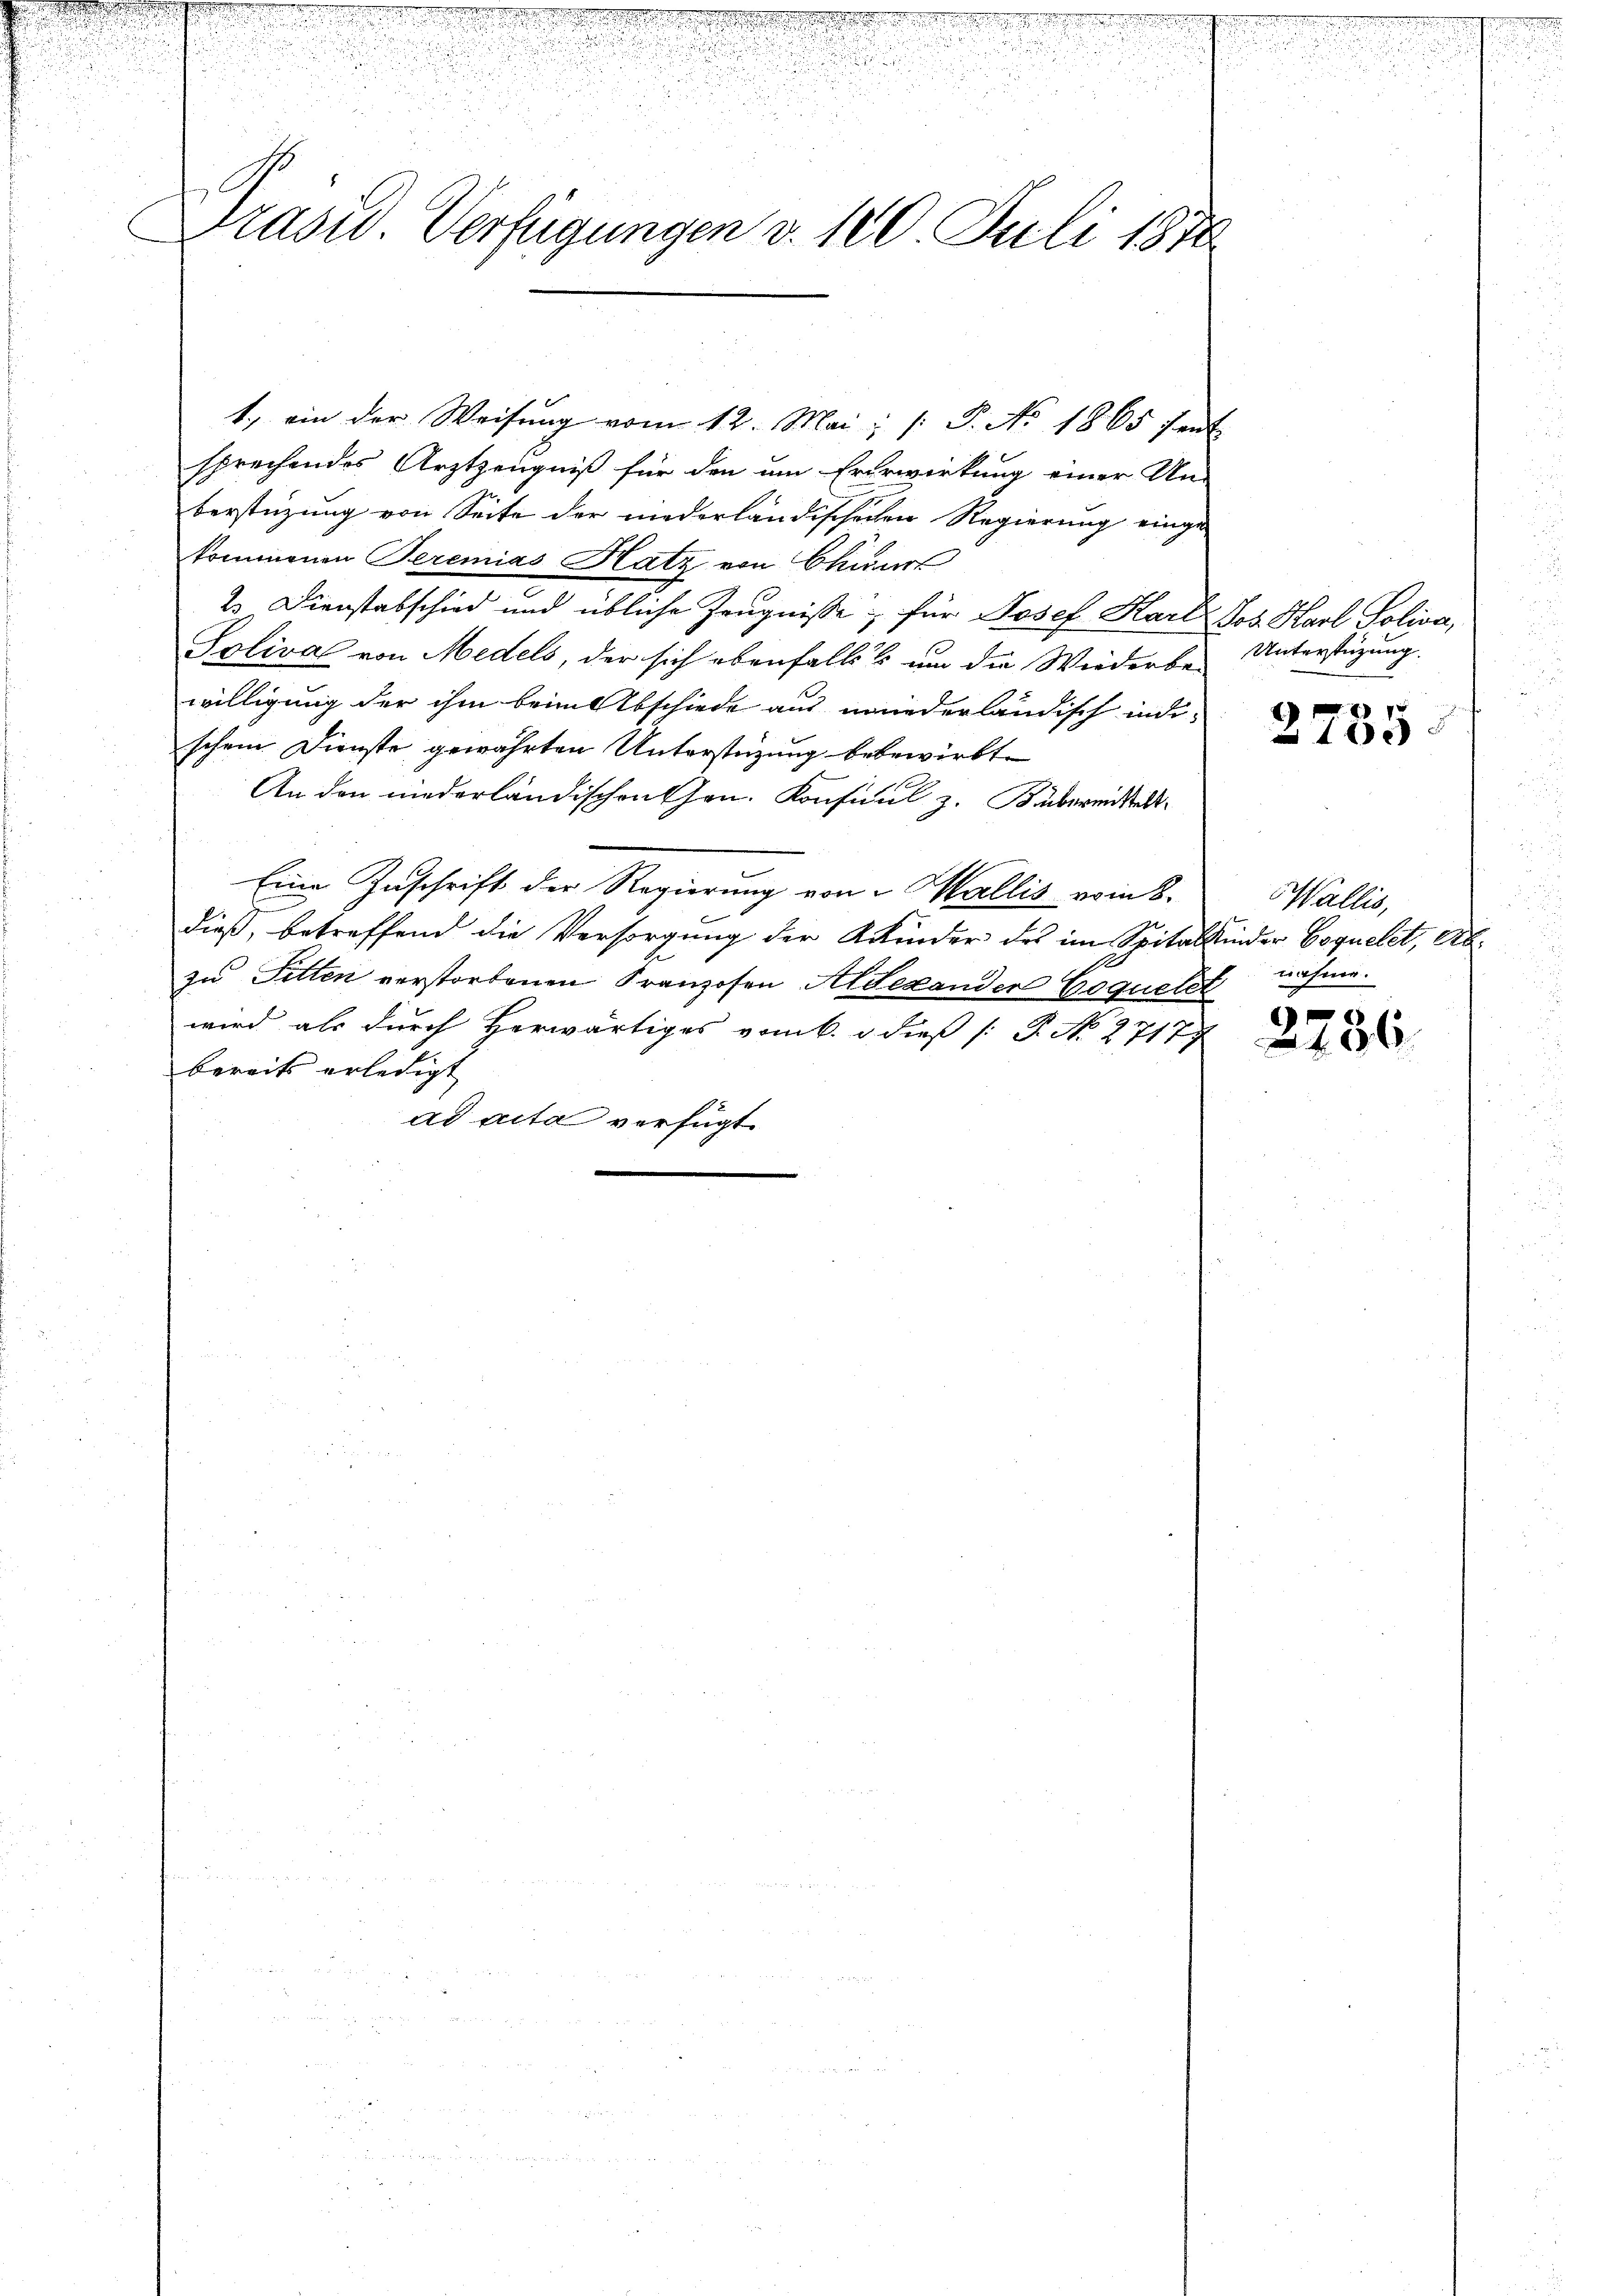
Präsid. Verfügungen v. 100 Juli 1810.

1., ein der Weisung vom 12. Mai, /: P. No 1865 sent
sprechendes Arztzeugniß für den um Erdrwirkung einer Un-
berstüzung von Seite der niederländischeren Regierung eingekommenen Peremias Hatz von Chunr
2. Dienstabschied und übliche Zeugnisse für Josef Karl Jos. Karl Soliva,
Soliva von Medels, der sich ebenfalls um die Wiederbe-
willigung der ihm beim Abschiede aus wiederländisch indi-
schem Dienste gewährten Unterstützung bebewirkt.
An den niederländischen han. Konficul z. Bubereitstell
Eine Zuschrift der Regierung von Wallis vom 8.
dieß, betreffend die Versorgung der Akkinder des im Spitalkinder Coquelet, Abzu Fitten verstorbenen Franzosen Alexander Coquelet
wird als durch Herwärtiges vom 6. d. dieß (: P. No. 27177
bereits erledigt
ad acta verfügt:

Unterstüzung.
15

¬
1 xx

Wallis,
nahme.

2736